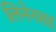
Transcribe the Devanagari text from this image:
लिनेनसह